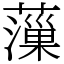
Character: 薻